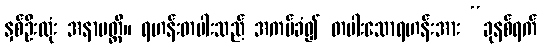
နှစ်ဦးလုံး အနာပတ္တိ။ ရဟန်းတပါးသည် အကပ်ခံ၍ တပါးသောရဟန်းအား “ခုနစ်ရက်